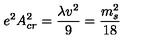
e ^ { 2 } A _ { c r } ^ { 2 } = { \frac { \lambda v ^ { 2 } } { 9 } } = { \frac { m _ { s } ^ { 2 } } { 1 8 } }